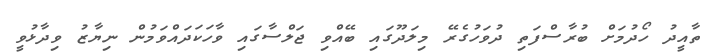
ތާއީދު ހޯދުމަށް ބުރާސްފަތި ދުވަހުގެރޭ މިލަދޫގައި ބޭއްވި ޖަލްސާގައި ވާހަކަދައްވަމުން ނިޔާޒު ވިދާޅުވީ